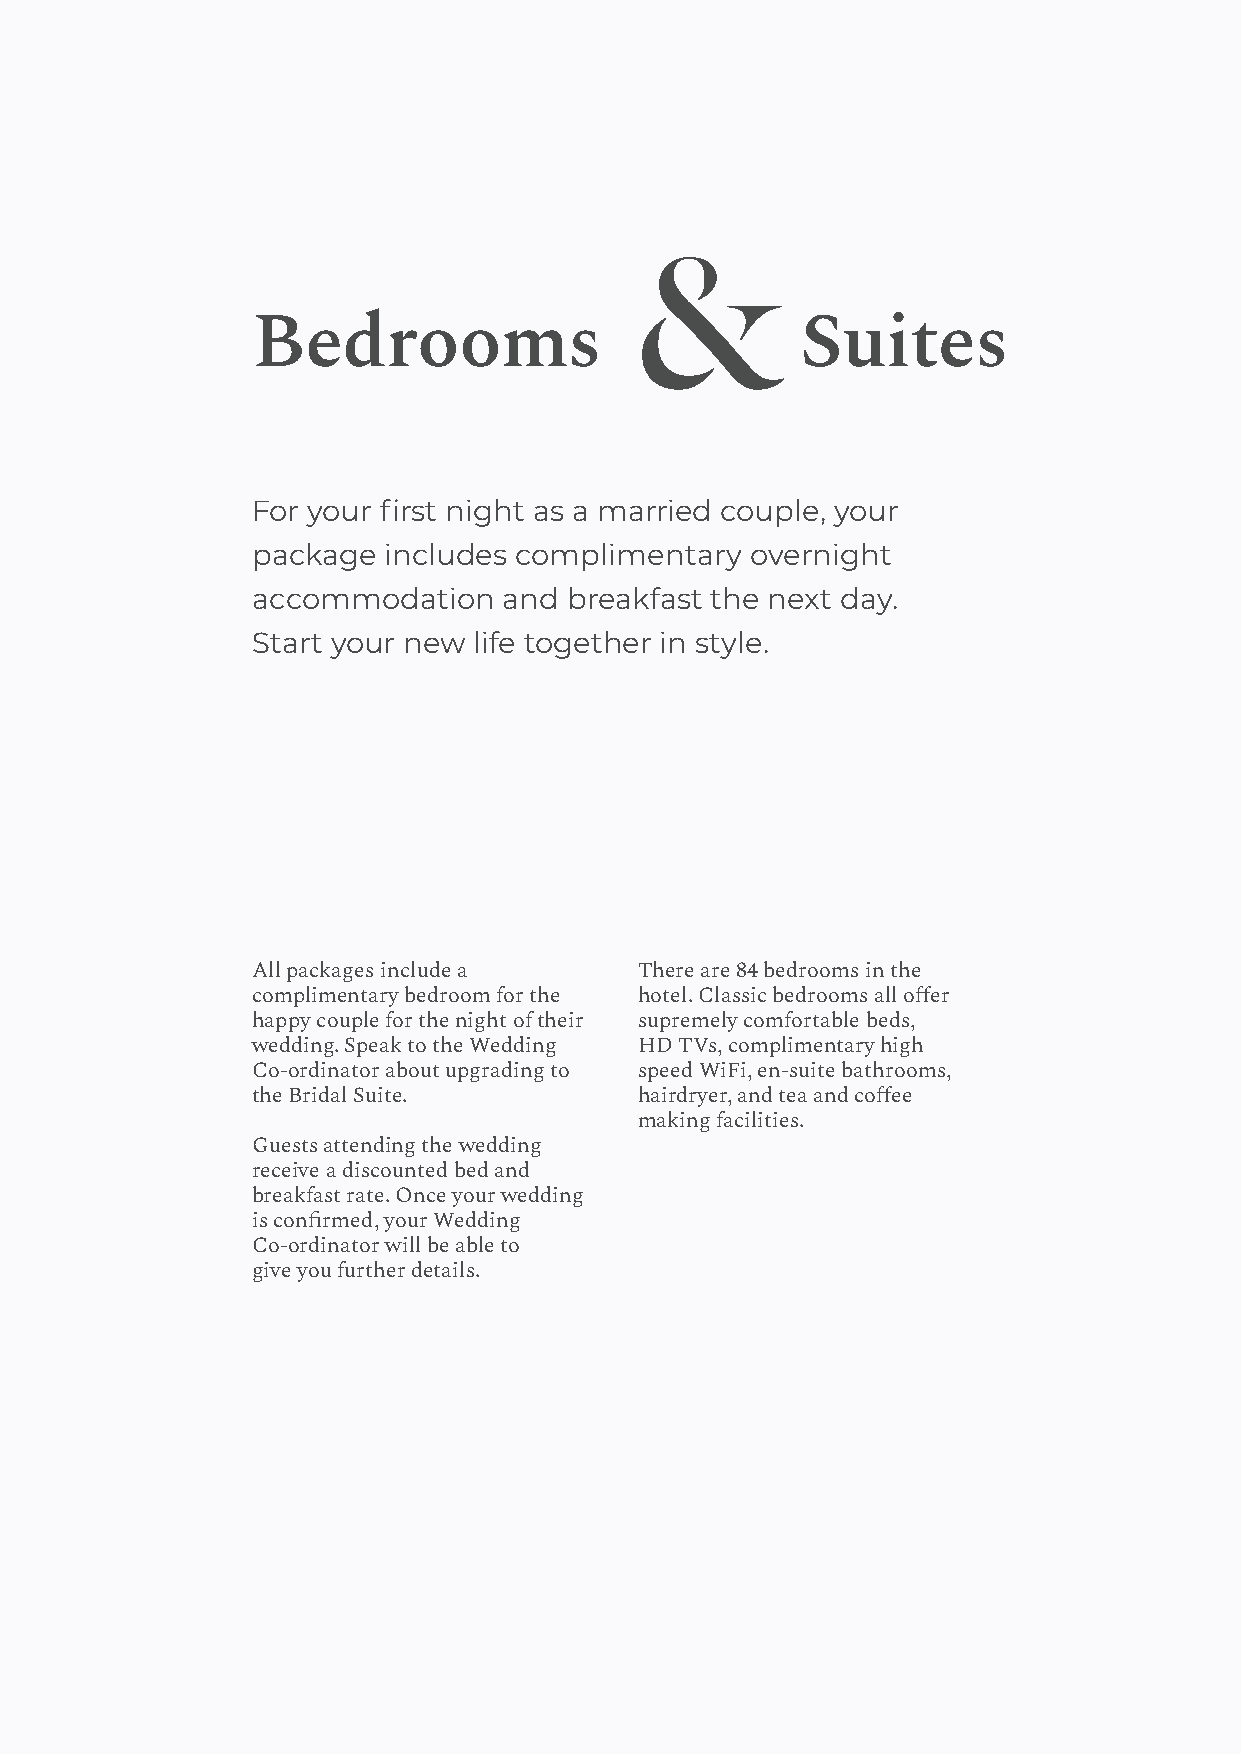
Bedrooms                            Suites
 For your first night as a married couple, your
 package includes complimentary   overnight
 accommodation   and  breakfast the next day.
 Start your new life together in style.
 All packages include a   There are 84 bedrooms in the
 complimentary bedroom for the hotel. Classic bedrooms all o昀er
 happy couple for the night of their supremely comfortable beds,
 Many couples choose to stay for two at the end of the night.
 wedding. Speak to the Wedding HD TVs, complimentary high
 nights. If you choose to stay on the There are 37 bedrooms in the
 Co-ordinator about upgrading to speed WiFi, en-suite bathrooms,
 day before the wedding, this allows main hall – nine suites and 28
 the Bridal Suite.        hairdryer, and tea and co昀ee
 for a rehearsal followed by a private Privilege rooms. Along with a
 making facilities.
 dinner with close family and friends, further 11 apartments and
 Guests attending the wedding
 then a wedding day breakfast or 149 rooms in the hotel.
 receive a discounted bed and
 bbrrueankcfha.s Wt rhaitlee. Oonn tchee y doauyr aw昀eedrd, iynogu
 cisa nco hno昀srtm a ebdr,u ynocuhr oWr ead昀deirnngo on tea as
 yCoou-ro rgduiensattso dr ewpialrl tb aet atbhleei rt oleisure.
 give you further details.
 We can also o昀er accommodation
 for your guests, covering comfortable
 and stylish rooms as well as suites
 for a sense of occasion. Perfect for
 getting ready for the day and relaxing